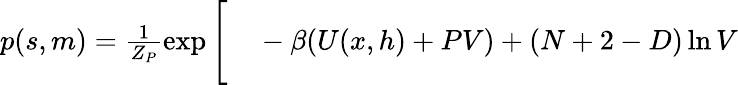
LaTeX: \begin{array}{rl}{p(s,m)=\frac{1}{Z_{P}}\exp\Bigg[}&{{}-\beta(U(x,h)+PV)+(N+2-D)\ln{V}}\end{array}